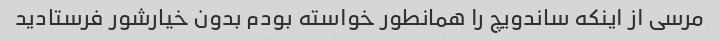
مرسی از اینکه ساندویچ را همانطور خواسته بودم بدون خیارشور فرستادید